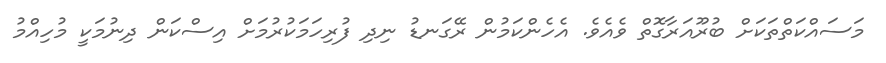
މަސައްކަތްތަކަށް ބުރޫއަރާގޮތް ވެއެވެ. އެހެންކަމުން ރޭގަނޑު ނިދި ފުރިހަމަކުރުމަށް އިސްކަން ދިނުމަކީ މުހިއްމު